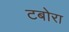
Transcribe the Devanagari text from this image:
टबोरा